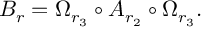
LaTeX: B _ { r } = \Omega _ { r _ { 3 } } \circ A _ { r _ { 2 } } \circ \Omega _ { r _ { 3 } } .